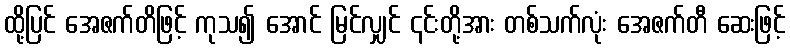
ထို့ပြင် အေဇက်တိဖြင့် ကုသ၍ အောင် မြင်လျှင် ၎င်းတို့အား တစ်သက်လုံး အေဇက်တီ ဆေးဖြင့်